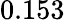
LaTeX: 0.153